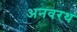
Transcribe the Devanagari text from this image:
अनवरथ